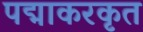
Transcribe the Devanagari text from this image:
पद्माकरकृत